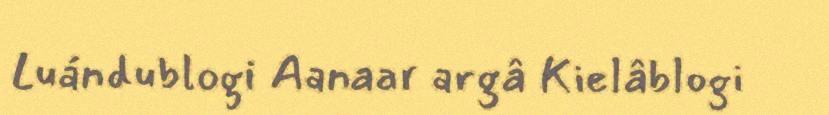
Luándublogi Aanaar argâ Kielâblogi